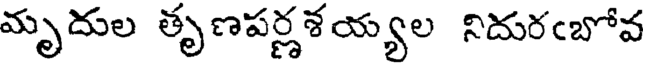
మృదుల తృణపర్ణశయ్యల నిదురఁబోవ